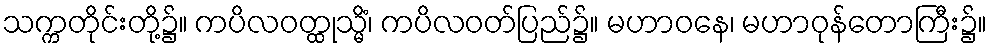
သက္ကတိုင်းတို့၌။ ကပိလဝတ္ထုသ္မိံ၊ ကပိလဝတ်ပြည်၌။ မဟာဝနေ၊ မဟာဝုန်တောကြီး၌။